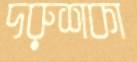
দরুশকা